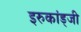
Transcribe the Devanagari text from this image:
इरुकांड्जी